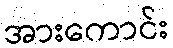
အားကောင်း